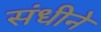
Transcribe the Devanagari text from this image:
संधीने